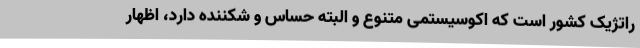
راتژیک کشور است که اکوسیستمی متنوع و البته حساس و شکننده دارد، اظهار